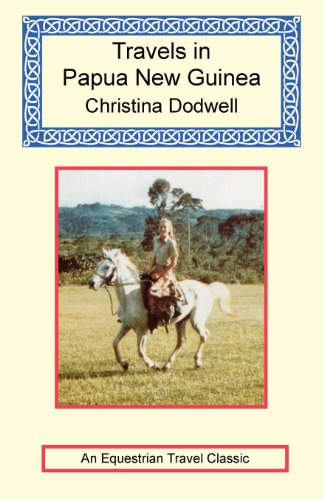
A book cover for Travels in Papua New Guinea; Christina Dodwell; Biographies & Memoirs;